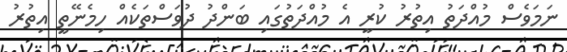
ނަމަވެސް މުއްދަތު އިތުރު ކުރީ އެ މުއްދަތުގައި ބަންދު ދުވަސްތަކެއް ހިމެނޭތީ އިތުރު